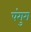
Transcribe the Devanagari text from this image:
पंगुरा